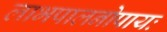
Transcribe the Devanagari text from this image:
लाभपालनोपायः